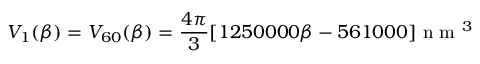
V _ { 1 } ( \beta ) = V _ { 6 0 } ( \beta ) = \frac { 4 \pi } { 3 } [ 1 2 5 0 0 0 0 \beta - 5 6 1 0 0 0 ] \mathrm { ~ n ~ m ~ } ^ { 3 }